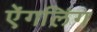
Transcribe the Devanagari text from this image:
ऐंगलिंग